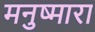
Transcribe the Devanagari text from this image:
मनुष्मारा